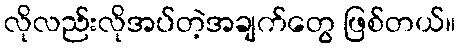
လိုလည်းလိုအပ်တဲ့အချက်တွေ ဖြစ်တယ်။